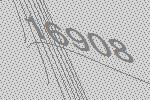
16908